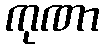
ကုဏာ